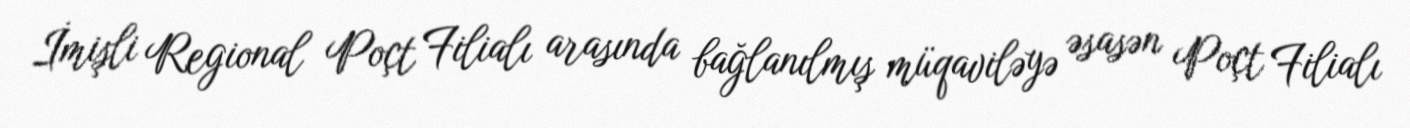
İmişli Regional Poçt Filialı arasında bağlanılmış müqaviləyə əsasən Poçt Filialı